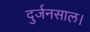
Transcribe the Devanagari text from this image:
दुर्जनसाल।